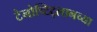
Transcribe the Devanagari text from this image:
टेनोच्टिट्लानच्या